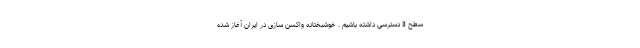
سطح 3 دسترسی داشته باشیم . خوشبختانه واکسن سازی در ایران آغاز شده